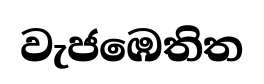
වැජඹෙතිත